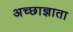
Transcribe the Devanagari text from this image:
अच्छाज्ञाता